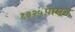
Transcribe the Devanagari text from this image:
१३२५पासून